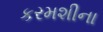
કરમશીના